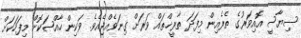
ސިޔާސީ އޮއިވަރުގެ ތެރެއިން މިފަދަ ތާރީޚްތައް ވަރަށް ގިނަވެއްޖެއެވެ. ވަކިން ހާއްޞަކޮށް މިފަހަކަށް